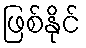
ဖြစ်နိုင်